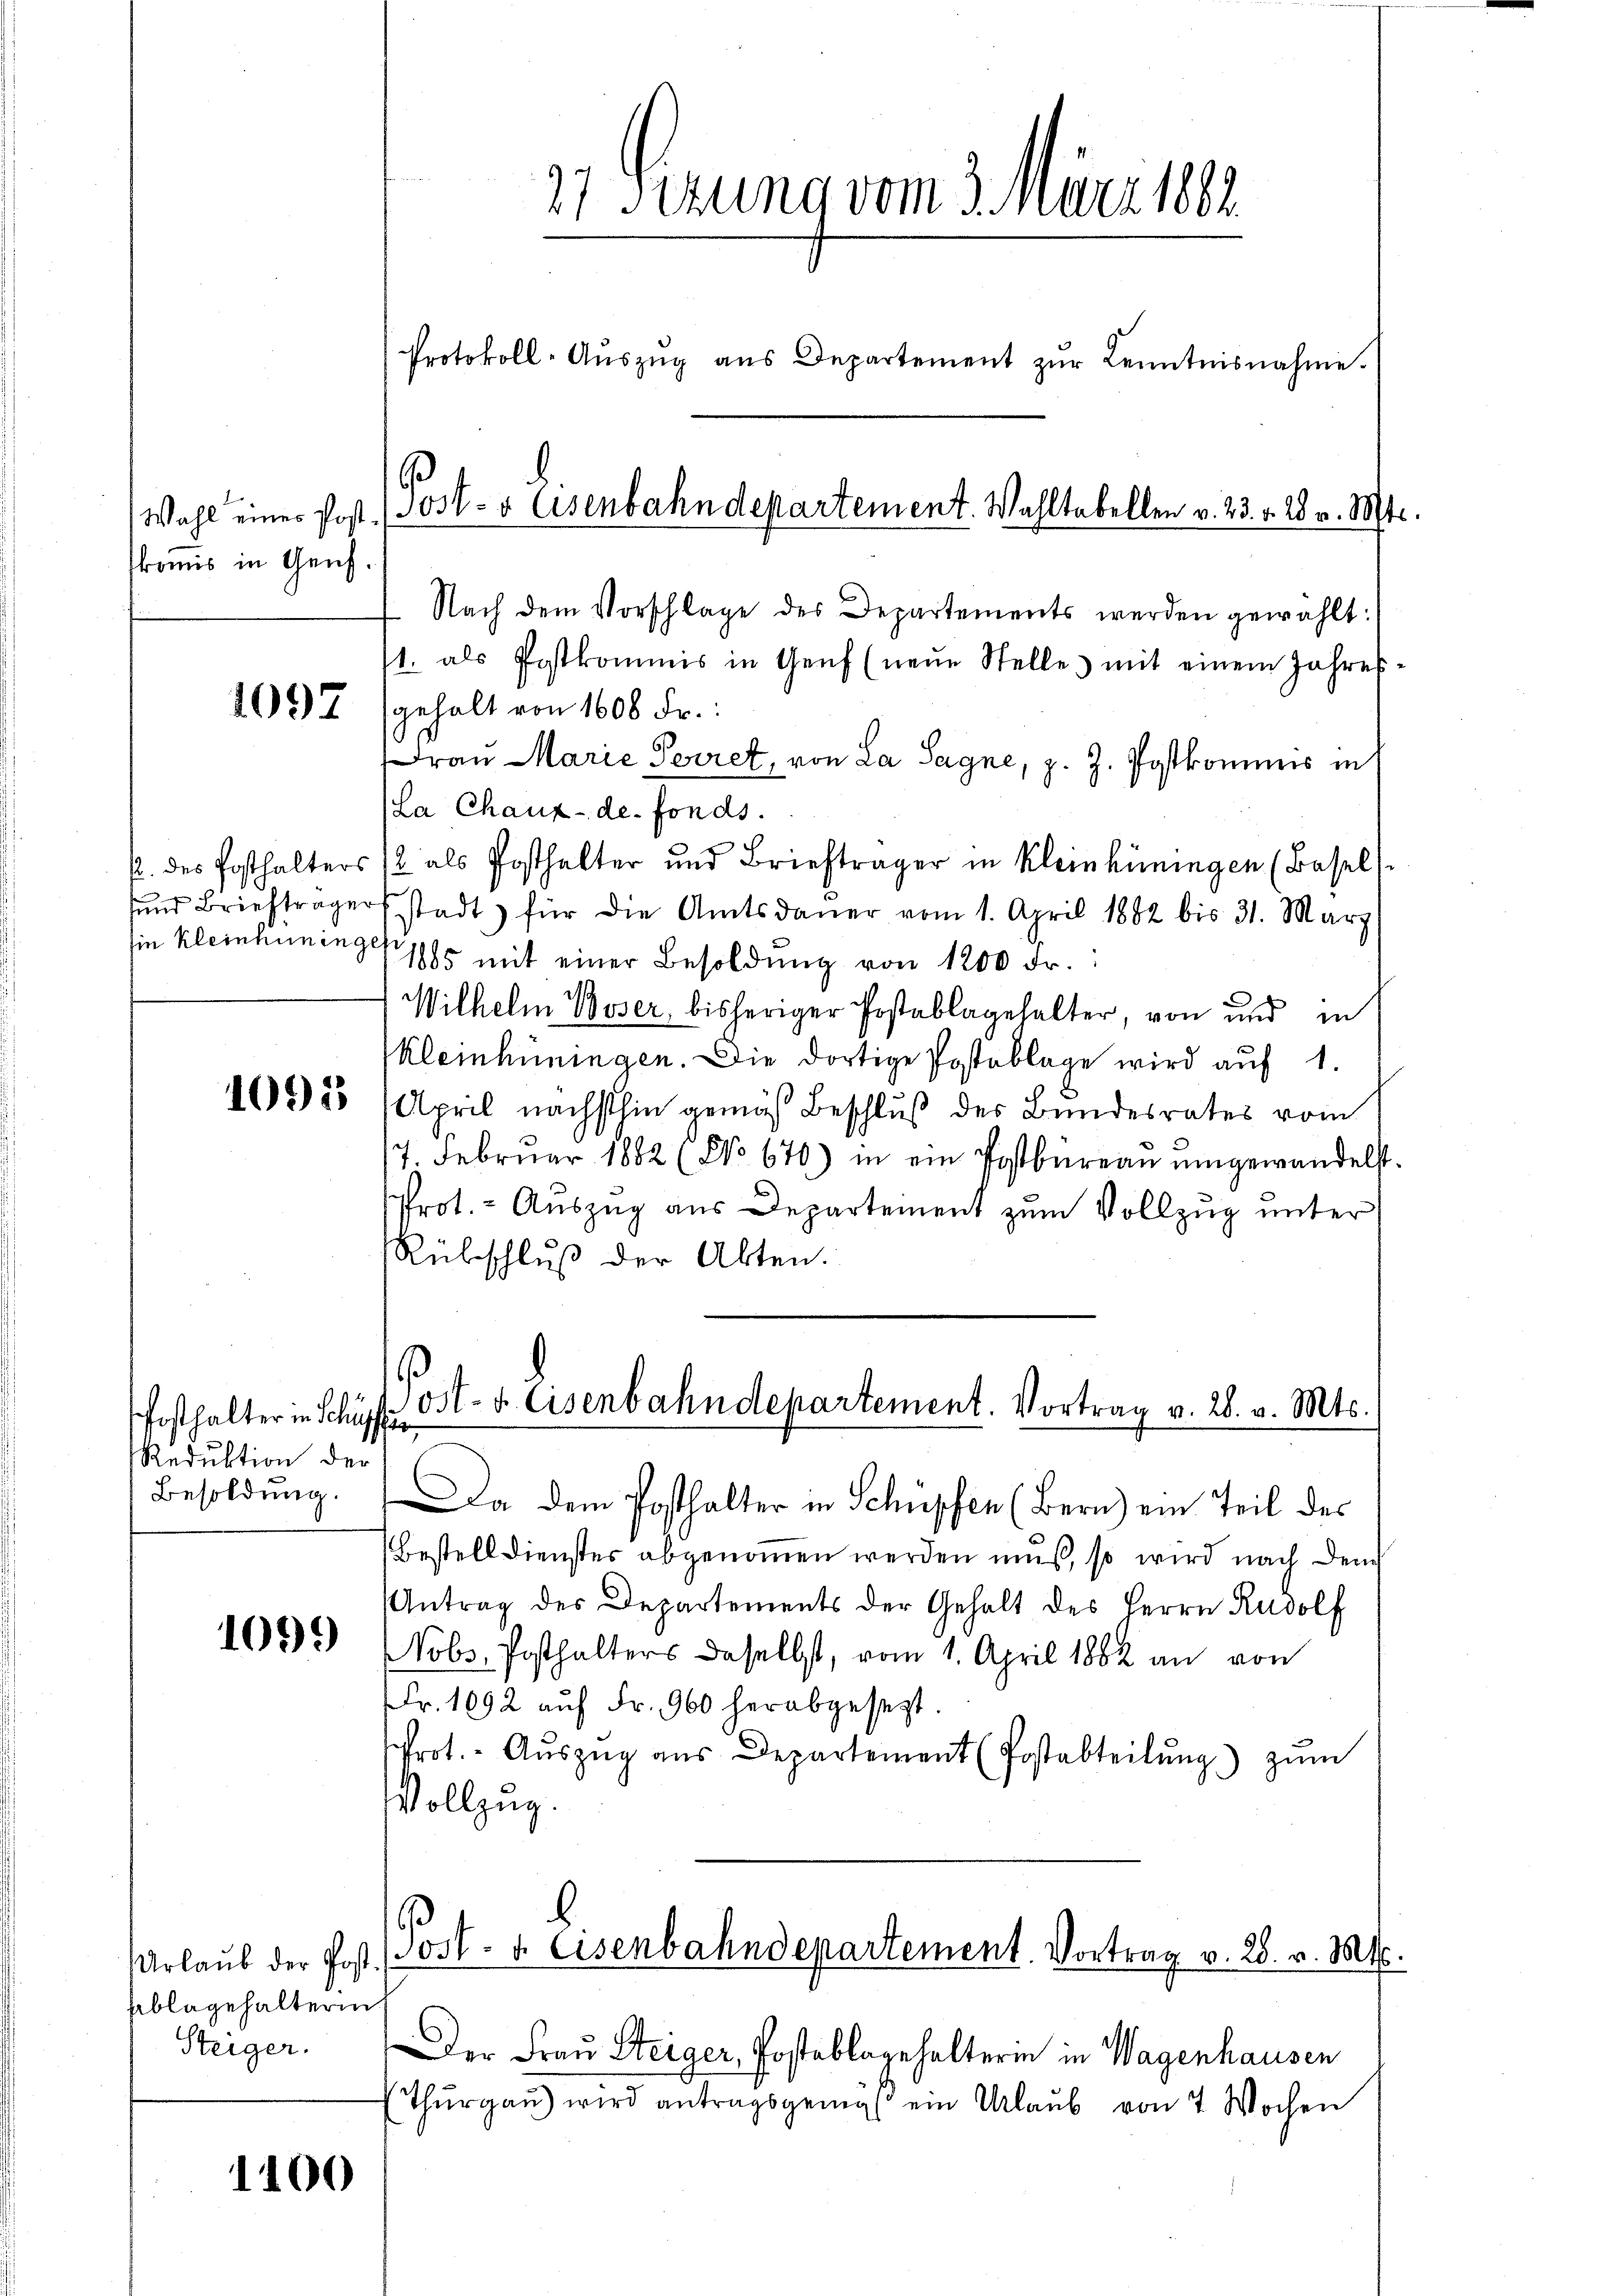
komis in Genf

sin kleinhüningen

Pfosthalter in Schu
Reduktion der
Besoldung.

1099

1400

Nach dem Vorschlage des Departements werden gewählt:
t. als Postkommis in Genf (neŭe Stelle mit einem Jahres-
1097 (gehalt von 1600 Fr.
Frau Marie Perret, von La Sagne, z. Z. Postkommis in
(La Chaux-de- fonds.
2. des Posthalters 12 als Posthalter und Briefträger in Kleinhüningen (Basel
ŭnd Brieftragersstadt für die Amtsdaŭer vom 1. April 1882 bis 31. März
1885 mit einer Besoldŭng von 1200 Fr.
Wilhelm Boser, bisheriger Postablagehalter, von und in
Kleinhüningen. Die dortige Postablage wird auf 1.
1585 (April nächsthin gemäß Beschluß des Bundesrates vom
17. Febrŭar 1882 (No. 670) in ein Postbüreaŭ ŭmgewandelst.
Prot. - Auszug aus Departement zum Vollzug unter
Rübschluß der Akten.

Ablagehalterin
Steiger.

27 Fezung vom 2. März 182
Protokoll-Aŭszŭg aŭs Departement zŭr Kenntnisnahme.

Wahl einer Post. (Post- & Eisenbahndepartement. Wahltabellen v. 23. v. 28. v. 18t

Da dem Posthalter in Schüpfen (Bern) ein Teil des
Bestelldienster abgenommen werden muß, so wird nach den
Antrag des Departements der Gehalt des Herrn Rudolf
Nobs, Posthalters daselbst, vom 1. April 1882 an von
Fr. 1092 aŭf Fr. 960 herabgesezt.
Prot. Aŭszŭg aŭs Departement (Postabteilŭng zŭm
Vollzug.
b
Urlaŭb der Post. (Post- u. Eisenbahndepartement. Vortrag v. 28. v. Mts.
Der Frau Steiger, Postablagehalterin in Wagenhausen
(Thŭrgaŭ) wird antragsgemäβ ein Urlaŭb von 7 Wochen

ost- u. Eisenbahndepartement. Vortrag v. 28. v. Mts.
if